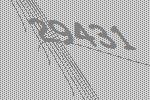
29431